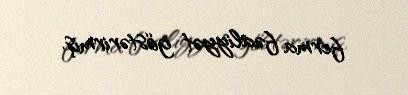
ferma fəaliyyət göstərirmiş.